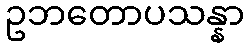
ဥဘတောပသန္နာ